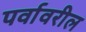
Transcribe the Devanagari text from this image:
पर्वावरील